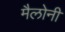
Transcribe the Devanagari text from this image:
मैलोनी